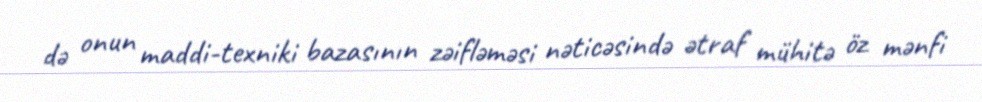
də onun maddi-texniki bazasının zəifləməsi nəticəsində ətraf mühitə öz mənfi